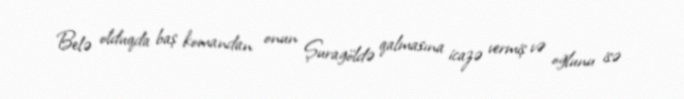
Belə olduqda baş komandan onun Şuragöldə qalmasına icazə vermiş və oğlunu isə